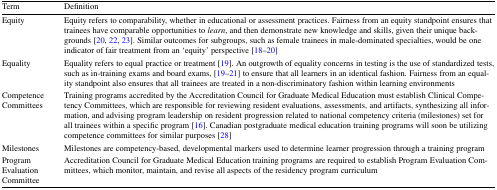
| Term | Definition |
 | --- | --- |
 | Equity | Equity refers to comparability, whether in educational or assessment practices. Fairness from an equity standpoint ensures that trainees have comparable opportunities to learn, and then demonstrate new knowledge and skills, given their unique backgrounds [20, 22, 23]. Similar outcomes for subgroups, such as female trainees in male-dominated specialties, would be one indicator of fair treatment from an ‘equity’ perspective [18–20] |
 | Equality | Equality refers to equal practice or treatment [19]. An outgrowth of equality concerns in testing is the use of standardized tests, such as in-training exams and board exams, [19–21] to ensure that all learners in an identical fashion. Fairness from an equality standpoint also ensures that all trainees are treated in a non-discriminatory fashion within learning environments |
 | Competence Committees | Training programs accredited by the Accreditation Council for Graduate Medical Education must establish Clinical Competency Committees, which are responsible for reviewing resident evaluations, assessments, and artifacts, synthesizing all information, and advising program leadership on resident progression related to national competency criteria (milestones) set for all trainees within a specific program [16]. Canadian postgraduate medical education training programs will soon be utilizing competence committees for similar purposes [28] |
 | Milestones | Milestones are competency-based, developmental markers used to determine learner progression through a training program |
 | Program Evaluation Committee | Accreditation Council for Graduate Medical Education training programs are required to establish Program Evaluation Committees, which monitor, maintain, and revise all aspects of the residency program curriculum |